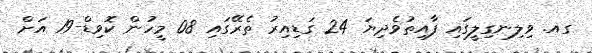
ގއ. ވިލިނގިލީގައި ފާއިތުވެދިޔަ 24 ގަޑިއިރު ތެރޭގައި 08 މީހުން ކޮވިޑް-19 އަށް